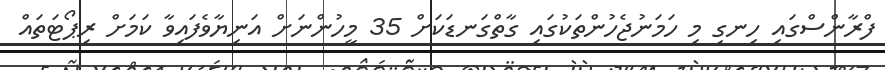
ފްރާންސްގައި ހިނގި މި ހަމަނުޖެހުންތަކުގައި ގާތްގަނޑަކަށް 35 މީހުންނަށް އަނިޔާވެފައިވާ ކަމަށް ރިޕޯޓަތައް